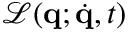
\mathcal { L } ( \mathbf { q } ; \dot { \mathbf { q } } , t )